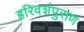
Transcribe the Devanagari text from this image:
हरिवशंपुराण